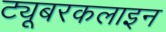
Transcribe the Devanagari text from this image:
ट्यूबरकलाइन